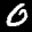
Label: 0